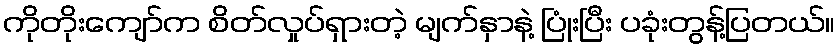
ကိုတိုးကျော်က စိတ်လှုပ်ရှားတဲ့ မျက်နှာနဲ့ ပြုံးပြီး ပခုံးတွန့်ပြတယ်။